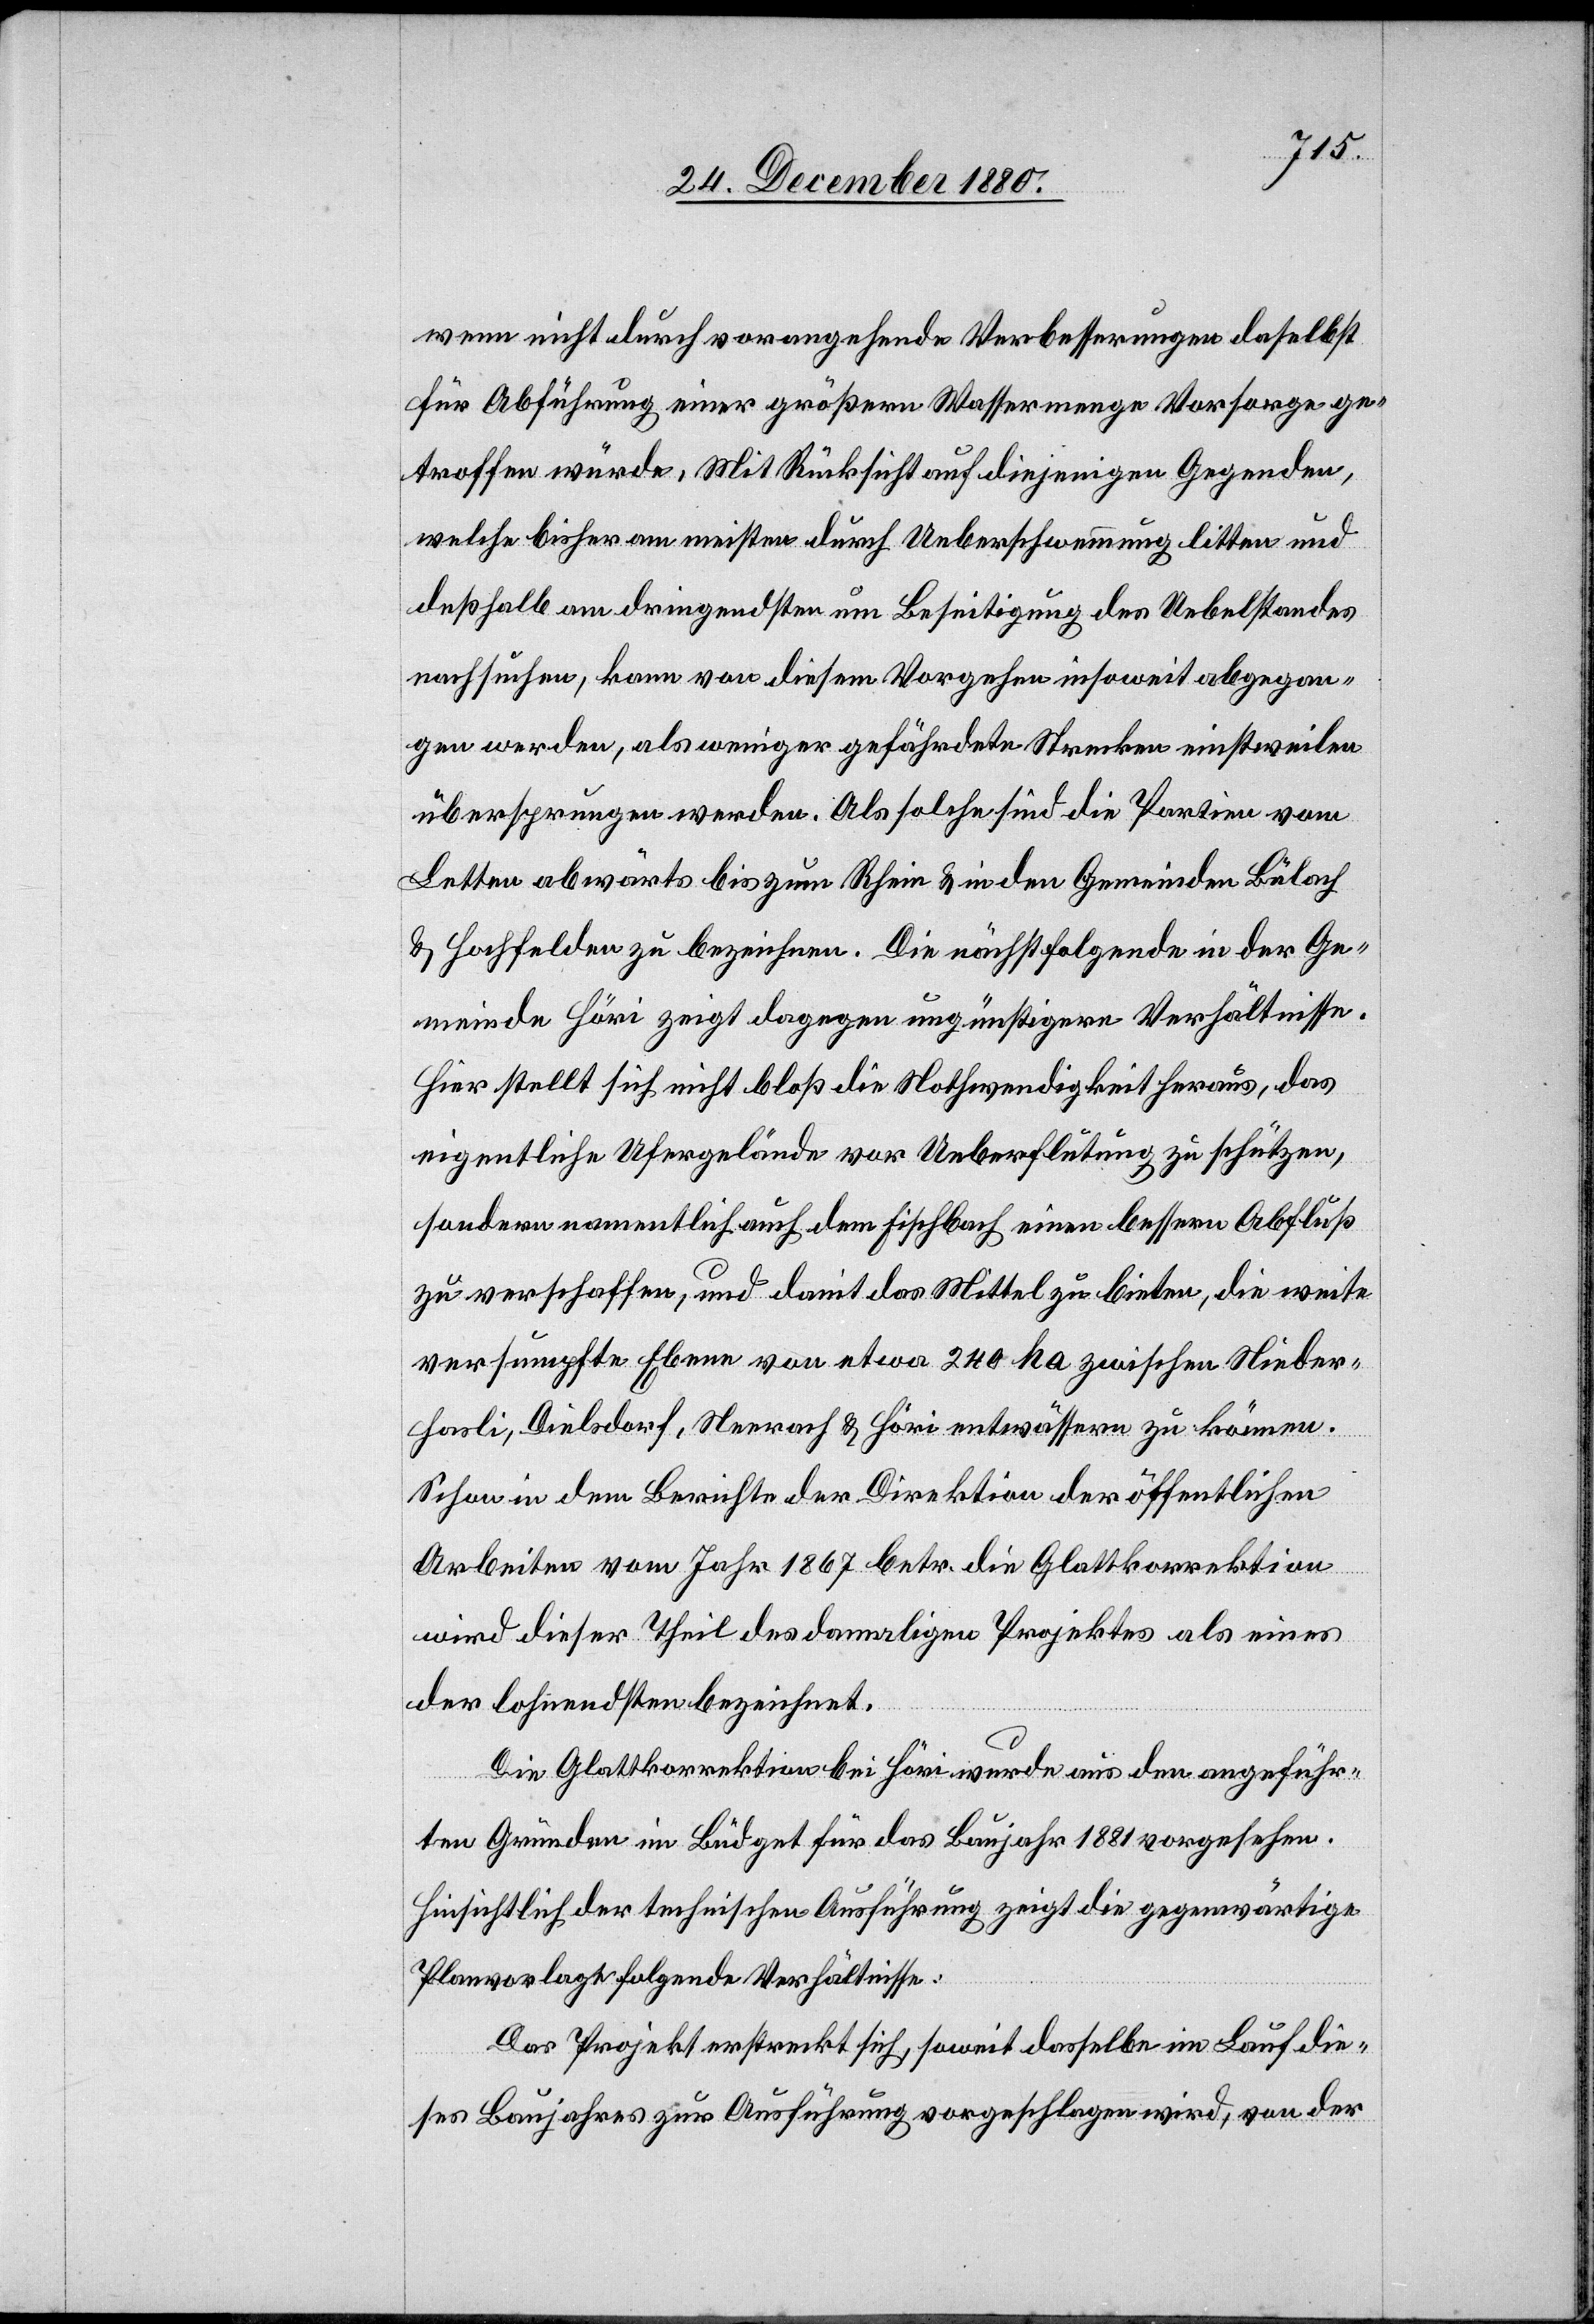
wenn nicht durch vorangehende Verbesserungen daselbst
für Abführung einer größern Wassermenge Vorsorge ge¬
troffen würde. Mit Rücksicht auf diejenigen Gegenden,
welche bisher am meisten durch Ueberschwemmung litten und
deßhalb am dringendsten um Beseitigung des Uebelstandes
nachsuchen, kann von diesem Vorgehen insoweit abgegan¬
gen werden, als weniger gefährdete Strecken einstweilen
übersprungen werden. Als solche sind die Partien vom
Letten abwärts bis zum Rhein & in den Gemeinden Bülach
& Hochfelden zu bezeichnen. Die nächstfolgende in der Ge¬
meinde Höri zeigt dagegen ungünstigere Verhältnisse.
Hier stellt sich nicht bloß die Nothwendigkeit heraus, das
eigentliche Ufergelände vor Ueberflutung zu schützen,
sondern namentlich auch dem Fischbach einen bessern Abfluß
zu verschaffen, und damit das Mittel zu bieten, die weite
versumpfte Ebene von etwa 240 ha zwischen Nieder¬
hasli, Dielsdorf, Neerach & Höri entwässern zu können.
Schon in dem Berichte der Direktion der öffentlichen
Arbeiten vom Jahr 1867 betr. die Glattkorrektion
wird dieser Theil des damaligen Projektes als eines
der lohnendsten bezeichnet.
Die Glattkorrektion bei Höri wurde aus den angeführ¬
ten Gründen im Büdget für das Baujahr 1881 vorgesehen.
Hinsichtlich der technischen Ausführung zeigt die gegenwärtige
Planvorlage folgende Verhältnisse:
Das Projekt erstreckt sich, soweit dasselbe im Lauf die¬
ses Baujahres zur Ausführung vorgeschlagen wird, von der